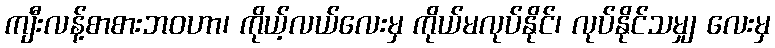
ကျီးလန့်စာစားဘဝဟာ၊ ကိုယ့်လယ်လေးမှ ကိုယ်မလုပ်နိုင်၊ လုပ်နိုင်သမျှ လေးမှ